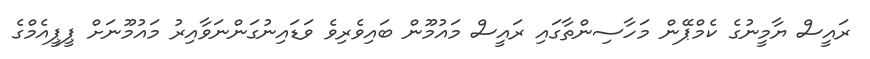
ރައީސް ޔާމީނުގެ ކެމްޕޭން މަހާސިންތާގައި ރައީސް މައުމޫން ބައިވެރިވެ ވަޑައިނުގަންނަވާއިރު މައުމޫނަށް ޕީޕީއެމްގެ